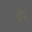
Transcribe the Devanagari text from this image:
ढेप